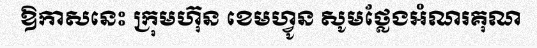
ឱកាសនេះ ក្រុមហ៊ុន ខេមហ្វូន សូមថ្លែងអំណរគុណ